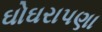
ઘોઘરાપણા